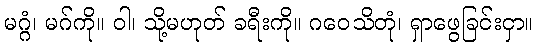
မဂ္ဂံ၊ မဂ်ကို။ ဝါ၊ သို့မဟုတ် ခရီးကို။ ဂဝေသိတုံ၊ ရှာဖွေခြင်းငှာ။